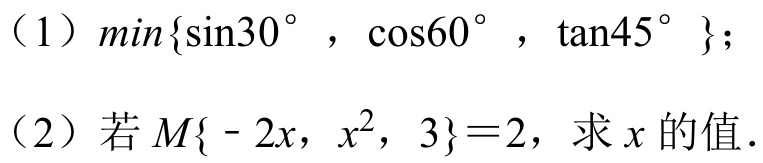
（1）\(min\{\sin30^{\circ},\cos60^{\circ},\tan45^{\circ}\}\)；
（2）若\(M\{ - 2x,x^{2},3\}=2\)，求\(x\)的值．